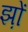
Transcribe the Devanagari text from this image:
झ़ों